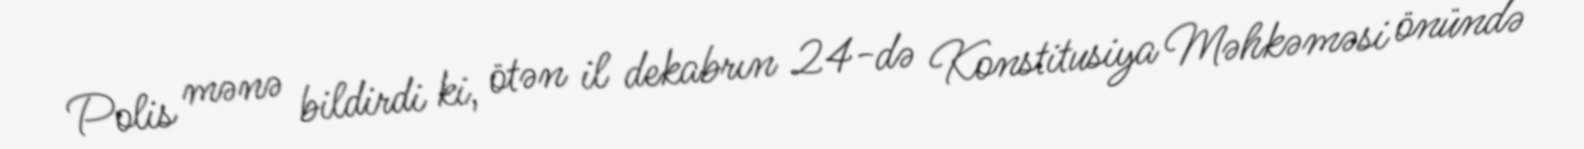
Polis mənə bildirdi ki, ötən il dekabrın 24-də Konstitusiya Məhkəməsi önündə